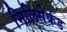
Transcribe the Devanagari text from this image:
मिलिसेकंड